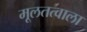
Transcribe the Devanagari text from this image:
मूलतत्वाला